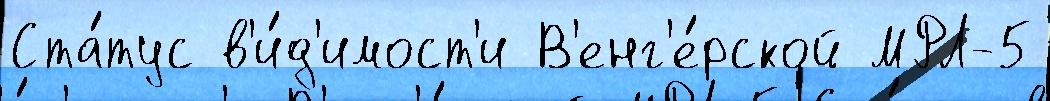
Ста́тус в'и́д'имост'и В'енг'е́рской МРЛ-5